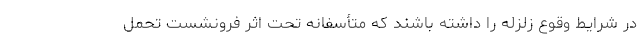
در شرایط وقوع زلزله را داشته باشند که متأسفانه تحت اثر فرونشست تحمل